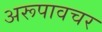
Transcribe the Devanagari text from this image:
अरूपावचर